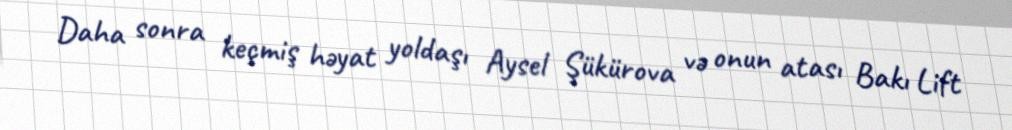
Daha sonra keçmiş həyat yoldaşı Aysel Şükürova və onun atası Bakı Lift